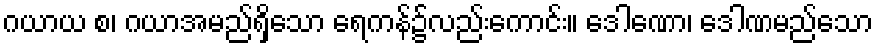
ဂယာယ စ၊ ဂယာအမည်ရှိသော ရေကန်၌လည်းကောင်း။ ဒေါဏော၊ ဒေါဏမည်သော